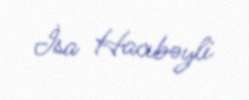
İsa Hacıbəyli